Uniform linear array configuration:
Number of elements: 48
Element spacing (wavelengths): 0.25
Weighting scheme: uniform
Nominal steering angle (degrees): -45
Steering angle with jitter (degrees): -46.488
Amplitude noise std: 0.05
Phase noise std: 0.05

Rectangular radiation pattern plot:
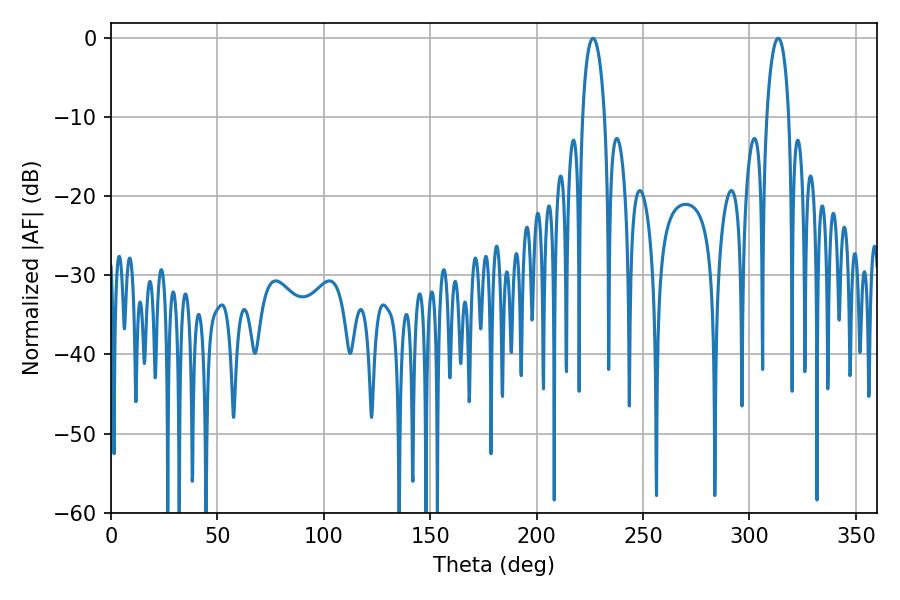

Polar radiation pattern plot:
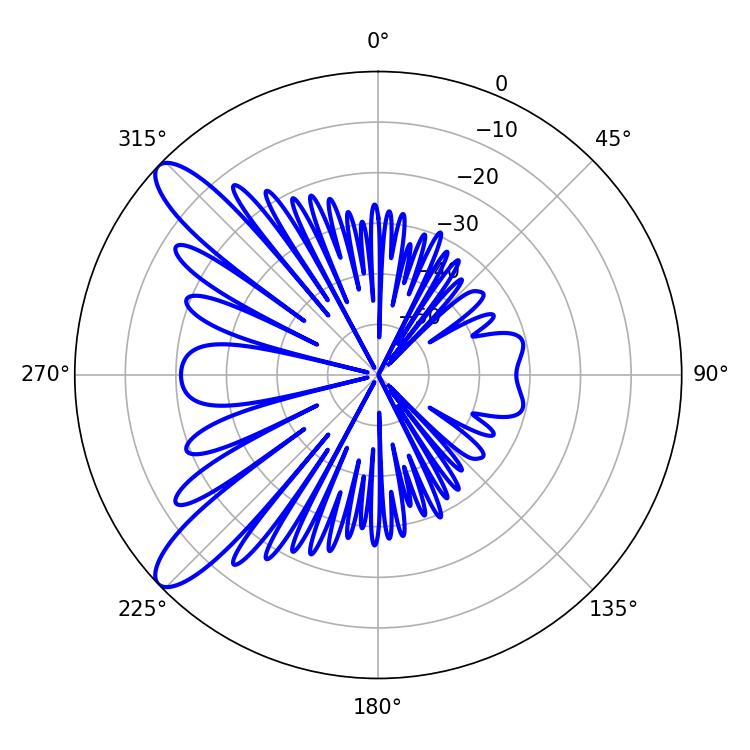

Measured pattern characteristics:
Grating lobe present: FALSE
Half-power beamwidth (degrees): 5.94
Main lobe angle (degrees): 226.44